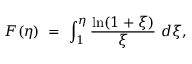
F ( \eta ) \ = \ \int _ { 1 } ^ { \eta } \frac { \ln ( 1 + \xi ) } \xi \ d \xi ,